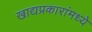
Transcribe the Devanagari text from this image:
खाद्यप्रकारांमध्ये